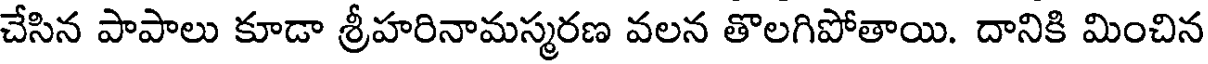
చేసిన పాపాలు కూడా శ్రీహరినామస్మరణ వలన తొలగిపోతాయి. దానికి మించిన